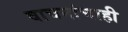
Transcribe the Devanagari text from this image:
वाचनांचाही